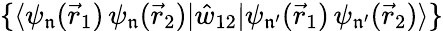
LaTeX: \{ \langle\psi_{\mathfrak{n}}(\vec{r}_{1})\, \psi_{\mathfrak{n}}(\vec{r}_{2})|\hat{w}_{12}|\psi_{\mathfrak{n^{\prime}}}(\vec{r}_{1})\, \psi_{\mathfrak{n^{\prime}}}(\vec{r}_{2})\rangle\}